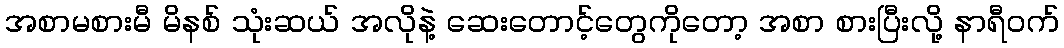
အစာမစားမီ မိနစ် သုံးဆယ် အလိုနဲ့ ဆေးတောင့်တွေကိုတော့ အစာ စားပြီးလို့ နာရီဝက်